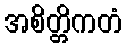
အစိတ္တိကတံ